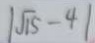
\vert \sqrt { 1 5 } - 4 \vert